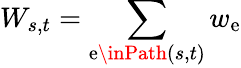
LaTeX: W_{s,t}=\sum_{\mathrm{e}\inPath(s,t)}w_{\mathrm{e}}